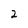
Character: 2